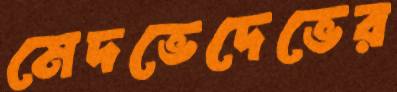
মেদভেদেভের